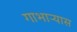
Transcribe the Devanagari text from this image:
गाभाऱ्यास